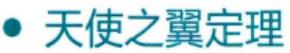
天使之翼定理